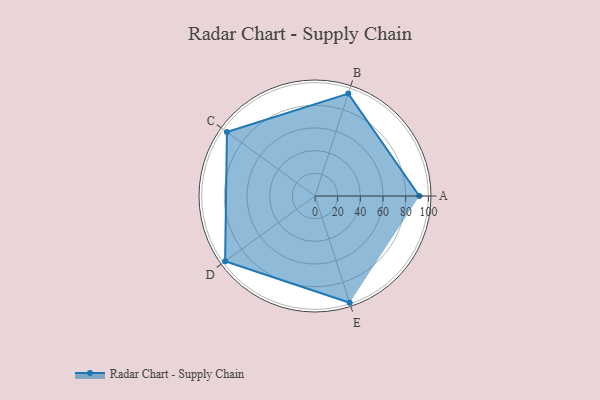
{"axis": {"x": "Skill", "y": "Score"}, "legend": ["Profile"], "data": [{"x": "A", "y": 92.0, "type": "Profile"}, {"x": "B", "y": 95.0, "type": "Profile"}, {"x": "C", "y": 96.0, "type": "Profile"}, {"x": "D", "y": 98.0, "type": "Profile"}, {"x": "E", "y": 99, "type": "Profile"}]}